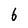
Character: 6